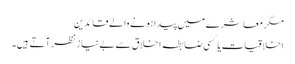
مگر معاشرے میں پیدا ہونے والے قائدین
اخلاقیات یا کسی ضابطہ اخلاق سے بے نیاز نظر آتے ہیں۔